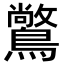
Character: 𪅶